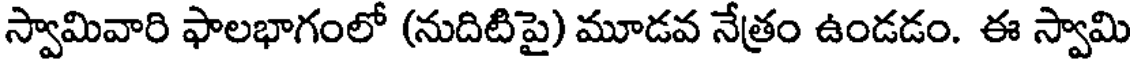
స్వామివారి ఫాలభాగంలో (నుదిటిపై) మూడవ నేత్రం ఉండడం. ఈ స్వామి